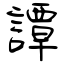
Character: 譚